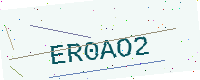
Text: ER0AO2